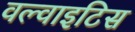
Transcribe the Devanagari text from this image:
वल्वाइटिस